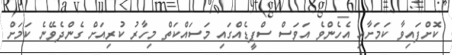
ކޮށްފައިވާ ކަމަށާއި އެހެންވެ އަވަސް ސްޕީޑެއްގައި މަސައްކަތް މިހާރު ކުރިއަށް ގެންދެވޭނެ ކަމަށް